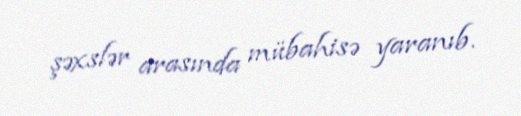
şəxslər arasında mübahisə yaranıb.